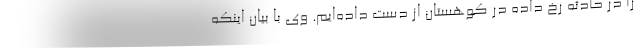
را در حادثه رخ داده در کوهستان از دست داده‌ایم. وی با بیان اینکه